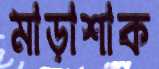
মাড়াশাক